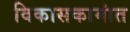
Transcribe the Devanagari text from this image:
विकासकामांत